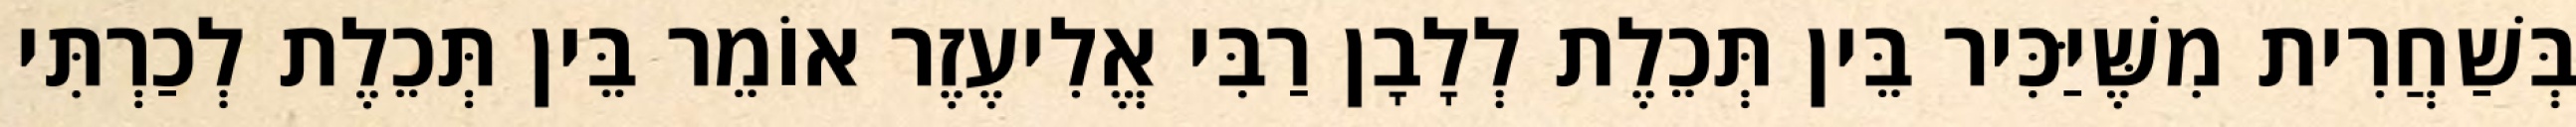
בְּשַׁחֲרִית מִשֶּׁיַּכִּיר בֵּין תְּכֵלֶת לְלָבָן רַבִּי אֱלִיעֶזֶר אוֹמֵר בֵּין תְּכֵלֶת לְכַרְתִּי